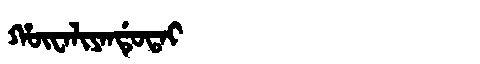
Manchu: ᡥᡡᠸᠠᠯᡳᠶᠠᠨᡩᡠᡨᠠᡳ
Romanization: HŪWALIYANDUTAI